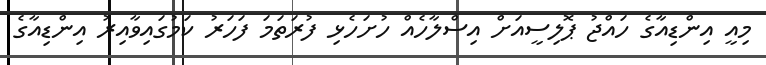
މިއީ އިންޑިއާގެ ހައްޖު ޕޮލިސީއަށް އިސްލާހެއް ހުށަހެޅި ފުރަތަމަ ފަހަރު ކަމުގައިވާއިރު އިންޑިއާގެ